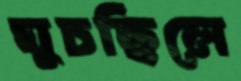
ঘুচছিলে